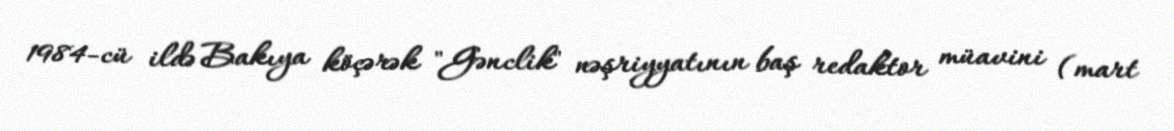
1984-cü ildə Bakıya köçərək "Gənclik" nəşriyyatının baş redaktor müavini (mart